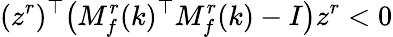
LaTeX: (z^{r})^{\top}\big(M_{f}^{r}(k)^{\top}M_{f}^{r}(k)-I\big)z^{r}<0